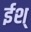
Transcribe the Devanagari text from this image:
ईश्